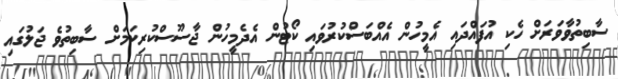
ސާބިތުވާވަރަށް ހެކި އުފައްދައި އެމީހުން އެއްބަސްކުރުވައި ކޯޓުން އެދެމީހުން ޖާސޫސްކުރިކަމަށް ސާބިތުވެ ޖަލުގައި